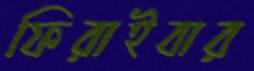
ফিরাইবার